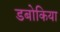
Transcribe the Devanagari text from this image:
डबोकिया